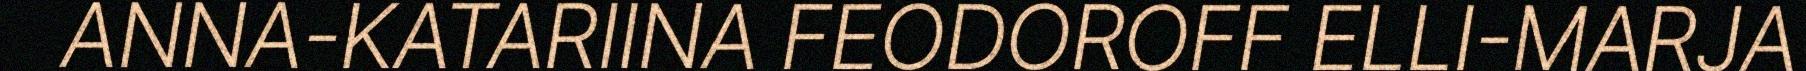
ANNA-KATARIINA FEODOROFF ELLI-MARJA